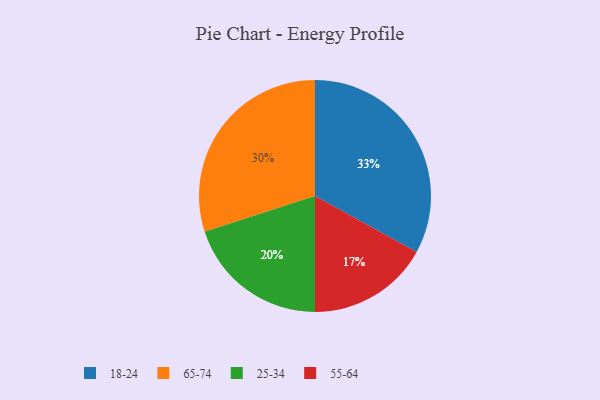
{"axis": {"x": "Category", "y": "Percentage"}, "legend": ["18-24", "25-34", "55-64", "65-74"], "data": [{"x": "65-74", "y": 30, "type": "65-74"}, {"x": "18-24", "y": 33, "type": "18-24"}, {"x": "25-34", "y": 20, "type": "25-34"}, {"x": "55-64", "y": 17, "type": "55-64"}]}